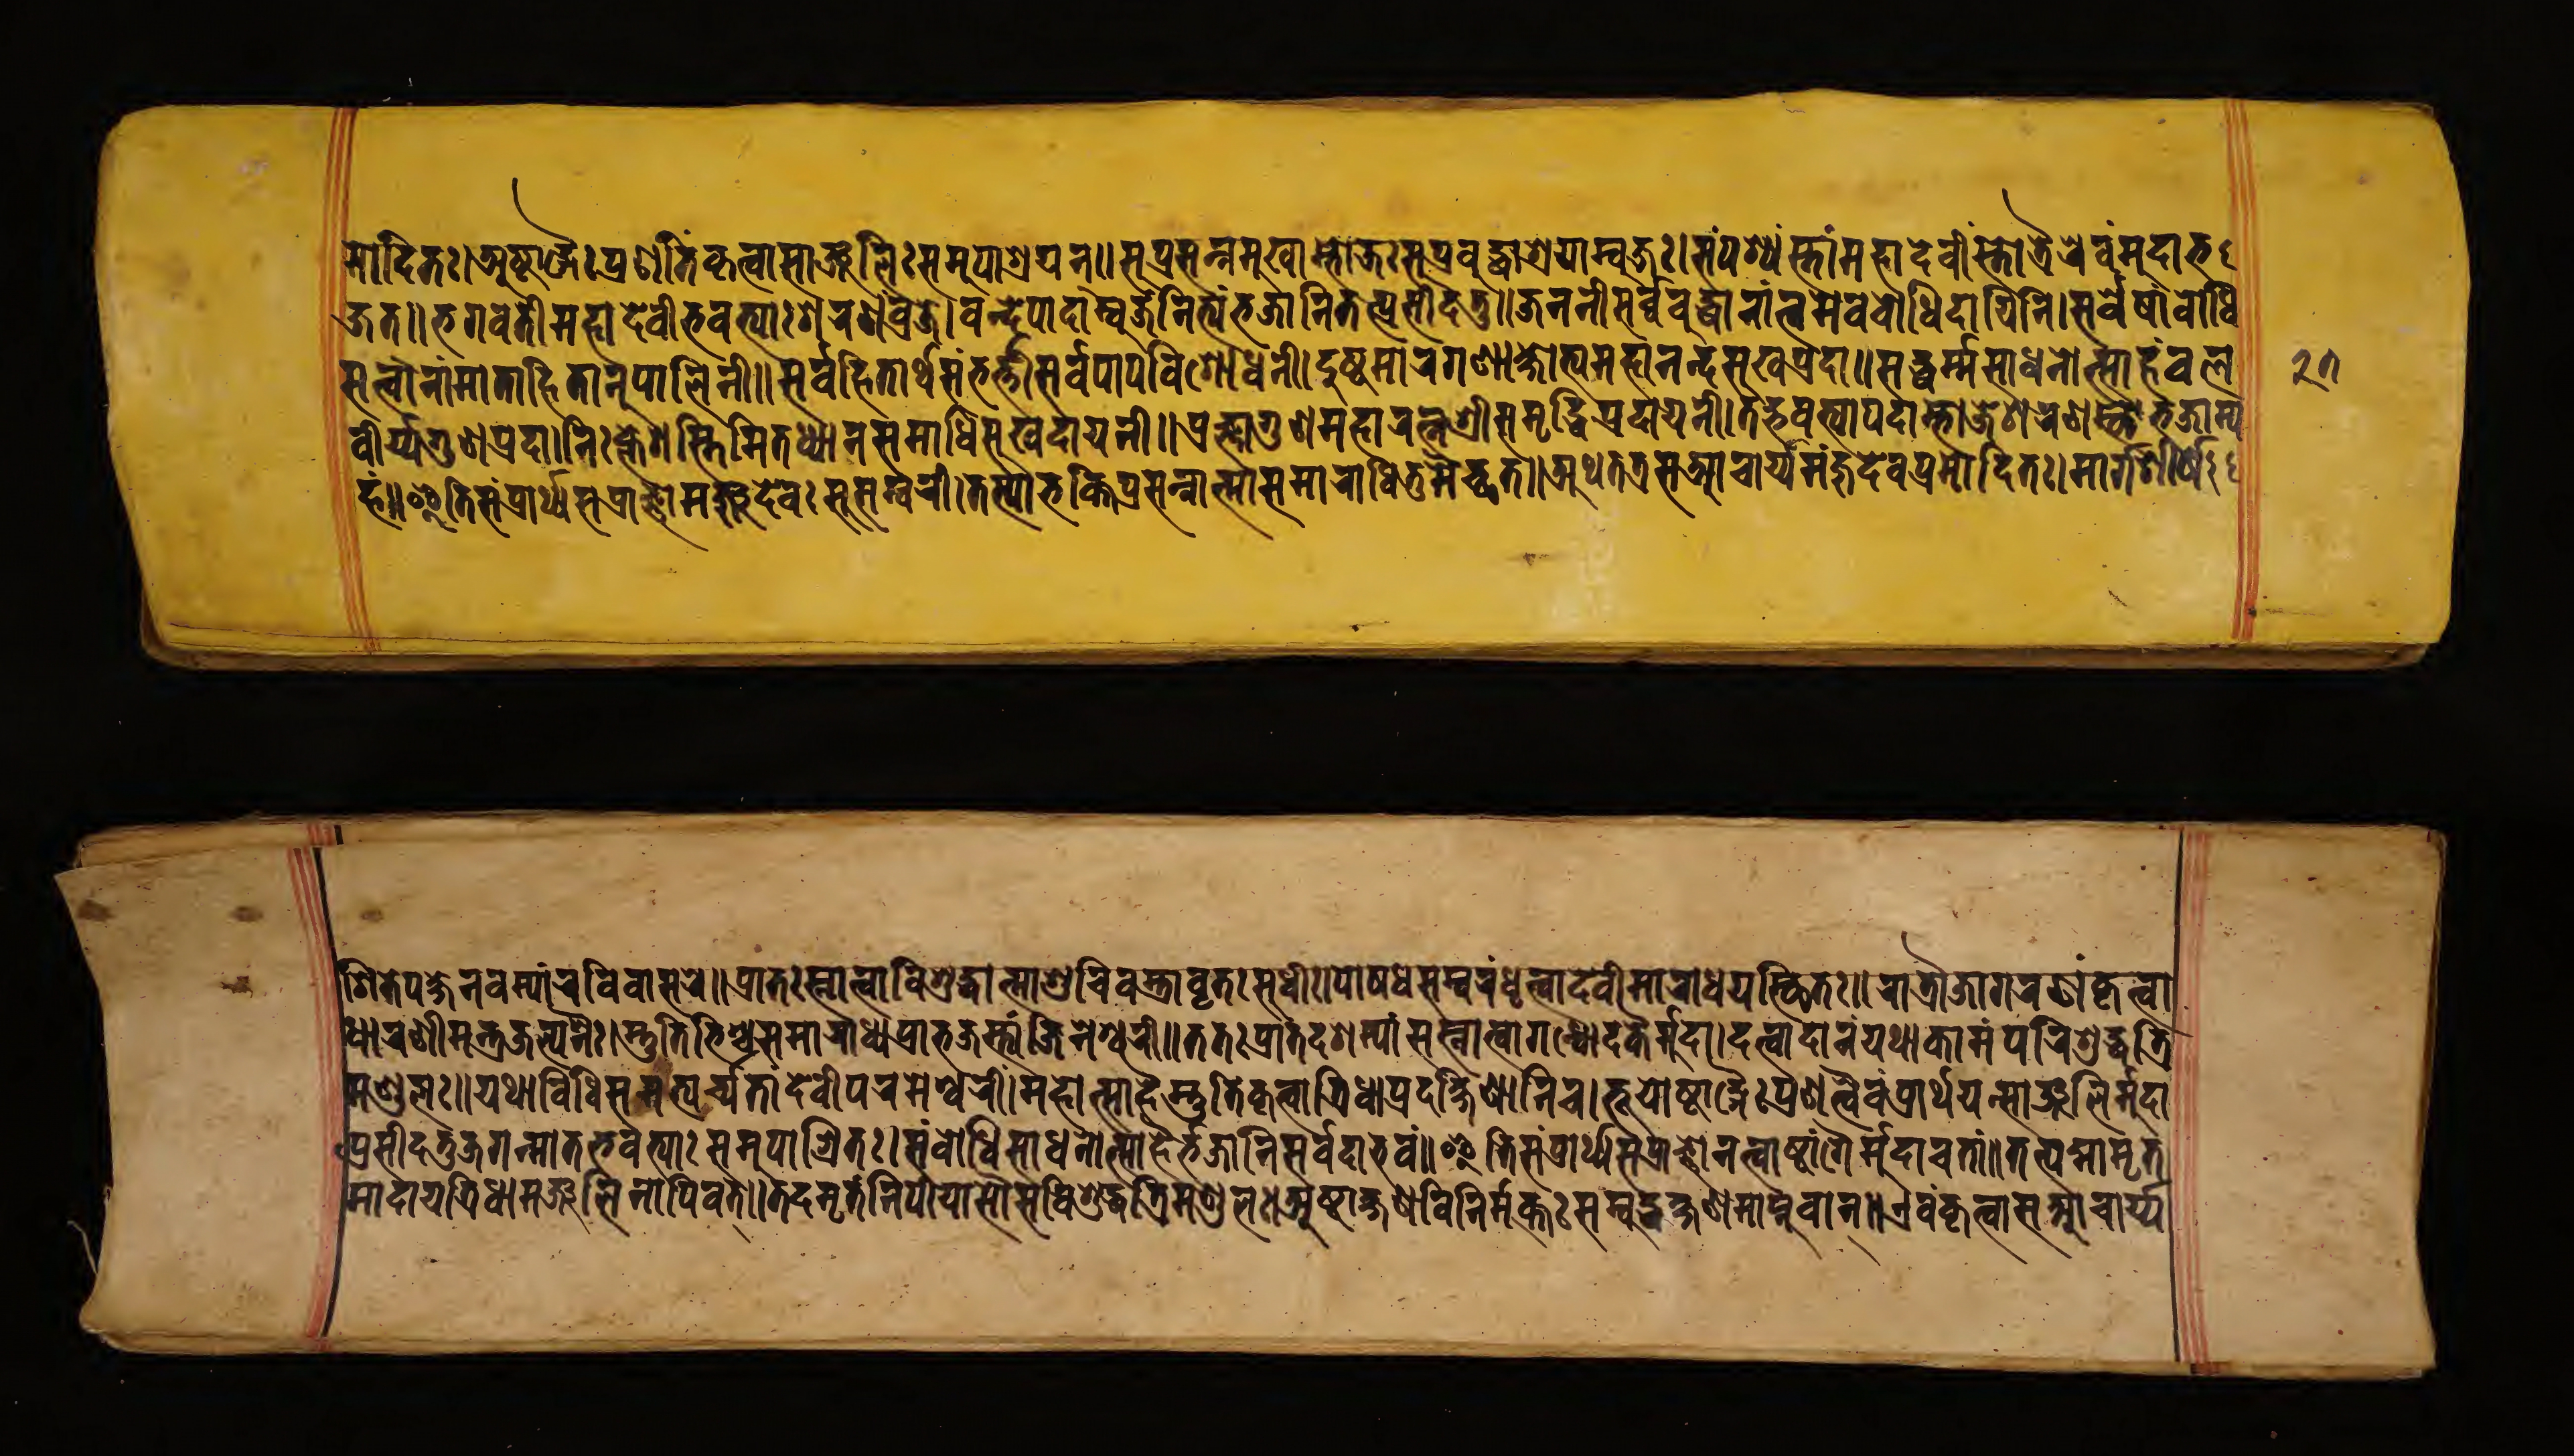
𑐩𑑀𑐡𑐶𑐟𑑅।𑐀𑐲𑑂𑐚𑐵𑑄𑐐𑐿𑐥𑑂𑐬𑐞𑐷𑐟𑐵𑐎𑐺𑐟𑑂𑐰𑐵𑐳𑐵𑑄𑐖𑐮𑐶𑑅𑐳𑐩𑐸𑐥𑐵𑐱𑑂𑐬𑐫𑐣𑑂॥𑐳𑐸𑐥𑑂𑐬𑐳𑐣𑑂𑐣𑐩𑐸𑐏𑐵𑐩𑑂𑐨𑑀𑐖𑑅𑐳𑐸𑐥𑑂𑐬𑐧𑐸𑐡𑑂𑐢𑑀𑐱𑐫𑐵𑐩𑑂𑐧𑐸𑐖𑑅।𑐳𑑄𑐥𑐱𑑂𑐫𑐳𑑂𑐟𑐵𑑄𑐩𑐴𑐵𑐡𑐾𑐰𑐷𑑄𑐳𑑂𑐟𑑀𑐟𑑂𑐬𑐿𑐬𑐾𑐰𑑄𑐩𑐸𑐡𑐵𑐨 𑐖𑐟॥𑐨𑐐𑐰𑐟𑐶𑐩𑐴𑐵𑐡𑐾𑐰𑐷𑐨𑐰𑐟𑑂𑐫𑐵𑑅𑐱𑐬𑐞𑑄𑐰𑑂𑐬𑐖𑐾।𑐰𑐣𑑂𑐡𑐾𑐥𑐵𑐡𑐵𑐩𑑂𑐰𑐸𑐖𑐾𑐣𑐶𑐟𑑂𑐫𑑄𑐨𑐖𑐵𑐩𑐶𑐟𑐣𑑂𑐥𑑂𑐬𑐳𑐷𑐡𑐟𑐸॥𑐖𑐣𑐣𑐷𑐳𑐬𑑂𑐰𑐧𑐸𑐡𑑂𑐢𑐵𑐣𑐵𑑄𑐟𑑂𑐰𑐩𑐾𑐰𑐧𑑀𑐢𑐶𑐡𑐵𑐫𑐶𑐣𑐷।𑐳𑐬𑑂𑐰𑐾𑐲𑐵𑑄𑐧𑑀𑐢𑐶 𑐳𑐟𑑂𑐟𑑂𑐰𑐵𑐣𑐵𑑄𑐩𑐵𑐟𑐵𑐴𑐶𑐟𑐵𑐣𑐸𑐥𑐵𑐮𑐶𑐣𑐷॥𑐳𑐬𑑂𑐰𑐴𑐶𑐟𑐵𑐬𑑂𑐠𑐳𑑄𑐨𑐎𑑂𑐟𑐶𑐳𑐬𑑂𑐰𑐥𑐵𑐥𑐰𑐶𑐱𑑀𑐢𑐣𑐷॥𑐡𑐸𑐲𑑂𑐚𑐩𑐵𑐬𑐐𑐞𑐵𑐎𑑂𑐲𑑀𑐨𑐩𑐴𑐵𑐣𑐣𑑂𑐡𑐳𑐸𑐏𑐥𑑂𑐬𑐡𑐵॥𑐳𑐡𑑂𑐢𑐬𑑂𑐩𑑂𑐩𑐳𑐵𑐢𑐣𑑀𑐟𑑂𑐳𑐵𑐴𑐰𑐮 𑐰𑐷𑐬𑑂𑐫𑐐𑐸𑐞𑐥𑑂𑐬𑐡𑐵।𑐣𑐶𑑅𑐎𑑂𑐮𑐾𑐱𑐳𑑂𑐟𑐶𑐩𑐶𑐟𑐾𑐢𑑂𑐫𑐵𑐣𑐳𑐩𑐵𑐢𑐶𑐳𑐸𑐏𑐡𑐵𑐫𑐶𑐣𑐷॥𑐥𑑂𑐬𑐖𑑂𑐘𑐵𑐐𑐸𑐞𑐩𑐴𑐵𑐬𑐟𑑂𑐣𑐱𑑂𑐬𑐷𑐳𑐩𑐺𑐡𑑂𑐢𑐶𑐥𑑂𑐬𑐡𑐵𑐫𑐶𑐣𑐷॥𑐟𑐡𑑂𑐨𑐎𑑂𑐟𑑂𑐫𑐵𑑅𑐥𑐡𑐵𑐩𑑂𑐨𑑀𑐖𑐱𑐬𑐞𑐳𑑂𑐠𑑀𑐨𑐖𑐵𑐩𑑂𑐫 𑐴𑐩𑑂॥𑐂𑐟𑐶𑐳𑑄𑐥𑑂𑐬𑐵𑐬𑑂𑐠𑑂𑐫𑐳𑐥𑑂𑐬𑐵𑐖𑑂𑐘𑑀𑐩𑐘𑑂𑐖𑐸𑐡𑐾𑐰𑐳𑐳𑐩𑑂𑐰𑐬𑐷।𑐟𑐳𑑂𑐫𑐵𑐨𑐎𑑂𑐟𑐷𑐥𑑂𑐬𑐳𑐣𑑂𑐣𑐵𑐟𑑂𑐩𑐵𑐳𑐩𑐵𑐬𑐵𑐢𑐶𑐟𑐸𑐩𑐿𑐔𑑂𑐕𑐟𑑂॥𑐀𑐠𑐟𑐟𑑂𑐬𑐳𑐁𑐔𑐵𑐬𑑂𑐫𑑅𑐳𑐐𑐞𑑅𑐳𑑄𑐥𑑂𑐬𑐩𑑀𑐡𑐶𑐟𑑅।𑐩𑐵𑐬𑑂𑐐𑐱𑐷𑐬𑑂𑐲𑐿 𑐱𑐶𑐟𑐿𑑅𑐥𑐎𑑂𑐲𑐿𑐣𑐰𑐩𑑂𑐫𑐵𑑄𑐬𑐰𑐶𑐰𑐵𑐳𑐬𑐾॥𑐥𑑂𑐬𑐵𑐟𑑅𑐳𑑂𑐣𑐵𑐟𑑂𑐰𑐵𑐰𑐶𑐱𑐸𑐡𑑂𑐢𑐵𑐟𑑂𑐩𑐵𑐱𑐸𑐔𑐶𑐰𑐳𑑂𑐟𑑂𑐬𑐵𑐰𑐺𑐟𑑅𑐳𑐸𑐢𑐷𑑅।𑐥𑑀𑐲𑐢𑐳𑐩𑑂𑐰𑐬𑑄𑐢𑐺𑐟𑑂𑐰𑐵𑐡𑐾𑐰𑐷𑐩𑐵𑐬𑐵𑐢𑐫𑑄𑐳𑑂𑐠𑐶𑐟𑑅॥𑐬𑐵𑐟𑑂𑐬𑑁𑐖𑐵𑐐𑐬𑐞𑑄𑐎𑐺𑐟𑑂𑐰𑐵 𑐢𑐵𑐬𑐞𑐷𑐩𑐣𑑂𑐟𑑂𑐬𑐖𑐮𑑂𑐥𑐣𑐿𑑅।𑐳𑑂𑐟𑐸𑐟𑐶𑐨𑐶𑐱𑑂𑐔𑐳𑐩𑐵𑐬𑐵𑐢𑑂𑐫𑑄𑐥𑑂𑐬𑐵𑐨𑐖𑐟𑐵𑑄𑐖𑐶𑐣𑐾𑐱𑑂𑐰𑐬𑐷॥𑐟𑐟𑑅𑐥𑑂𑐬𑐵𑐟𑑅𑐡𑐱𑐩𑑂𑐫𑐵𑑄𑐳𑐳𑑂𑐣𑐵𑐟𑑂𑐰𑐵𑐐𑐣𑑂𑐢𑑀𑐡𑐎𑐿𑐬𑑂𑐩𑐸𑐡𑐵।𑐡𑐟𑑂𑐰𑐵𑐡𑐵𑐣𑑄𑐫𑐠𑐵𑐎𑐵𑐩𑑄𑐥𑐬𑐶𑐱𑐸𑐡𑑂𑐢𑐟𑑂𑐬𑐶 𑐥𑑂𑐬𑐳𑐷𑐡𑐟𑐸𑐖𑐐𑐣𑑂𑐩𑐵𑐟𑐬𑑂𑐨𑐰𑐟𑑂𑐫𑐵𑑅𑐳𑐩𑐸𑐥𑐵𑐱𑑂𑐬𑐶𑐟𑑅।𑐳𑑄𑐧𑑀𑐢𑐶𑐳𑐵𑐢𑐣𑑀𑐟𑑂𑐳𑑁𑐨𑐖𑐵𑐩𑐶𑐳𑐬𑑂𑐰𑐡𑐵𑐨𑐰𑑄॥𑐂𑐟𑐶𑐳𑑄𑐥𑑂𑐬𑐵𑐬𑑂𑐠𑑂𑐫𑐳𑑄𑐥𑑂𑐬𑐵𑐖𑑂𑐘𑑁𑐣𑐟𑑂𑐰𑐵𑐲𑑂𑐚𑐵𑑄𑐐𑐿𑐬𑑂𑐩𑐸𑐡𑐵𑐔𑐟𑐵𑑄॥𑐟𑐟𑑂𑐥𑐡𑑂𑐩𑐵𑐩𑐺𑐟 𑐩𑐞𑑂𑐜𑐮𑑅॥𑐫𑐠𑐵𑐰𑐶𑐢𑐶𑐳𑐩𑐨𑑂𑐫𑐬𑑂𑐔𑑂𑐫𑐟𑐵𑑄𑐡𑐾𑐰𑐷𑑄𑐥𑐬𑐩𑐾𑐱𑑂𑐰𑐬𑐷𑑄॥𑐩𑐴𑑀𑐟𑑂𑐳𑐵𑐴𑐿𑑅𑐳𑑂𑐟𑐸𑐟𑐶𑑄𑐎𑐺𑐟𑑂𑐰𑐵𑐟𑑂𑐬𑐶𑐢𑐵𑐥𑑂𑐬𑐡𑐎𑑂𑐲𑐶𑐞𑐵𑐣𑐶𑐔।𑐨𑐹𑐫𑑀𑐲𑑂𑐚𑐵𑑄𑐐𑐿𑑅𑐥𑑂𑐬𑐞𑐟𑑂𑐰𑐿𑐰𑑄𑐥𑑂𑐬𑐵𑐬𑑂𑐠𑐫𑐵𑐟𑑂𑐳𑐵𑑄𑐖𑐮𑐶𑐩𑐸𑐡𑐵 𑐩𑐵𑐡𑐵𑐫𑐟𑑂𑐬𑐶𑐢𑑂𑐫𑐩𑐘𑑂𑐖𑐸𑐮𑐶𑐣𑐵𑐥𑐶𑐰𑐾𑐟𑑂॥𑐟𑐡𑐩𑐺𑐟𑑄𑐣𑐶𑐥𑐷𑐫𑐵𑐳𑑁𑐳𑑄𑐰𑐶𑐱𑐸𑐡𑑂𑐢𑐟𑑂𑐬𑐶𑐩𑐞𑑂𑐜𑐮𑑄॥𑐀𑐲𑑂𑐚𑐵𑐎𑑂𑐲𑐞𑐰𑐶𑐣𑐶𑐬𑑂𑐩𑐸𑐎𑑂𑐟𑑅𑐳𑑄𑐧𑐸𑐡𑑂𑐢𑐎𑑂𑐲𑐞𑐩𑐵𑐥𑑂𑐣𑐸𑐰𑐵𑐣𑑂॥𑐊𑐰𑑄𑐎𑐺𑐟𑑂𑐰𑐵𑐳𑐁𑐔𑐵𑐬𑑂𑐫 𑑒𑑗